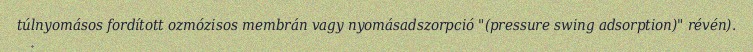
túlnyomásos fordított ozmózisos membrán vagy nyomásadszorpció "(pressure swing adsorption)" révén).